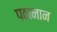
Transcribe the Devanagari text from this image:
पठानान